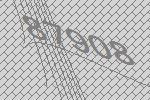
87908